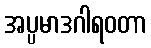
အပ္ပမာဒဂါရဝတာ